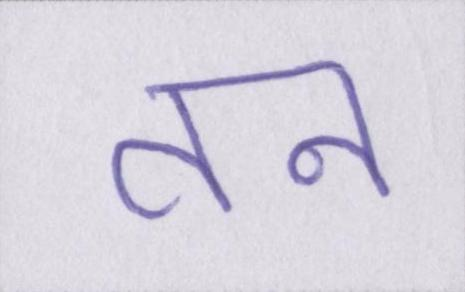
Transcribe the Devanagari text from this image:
तन